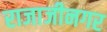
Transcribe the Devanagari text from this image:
राजाजीनगर